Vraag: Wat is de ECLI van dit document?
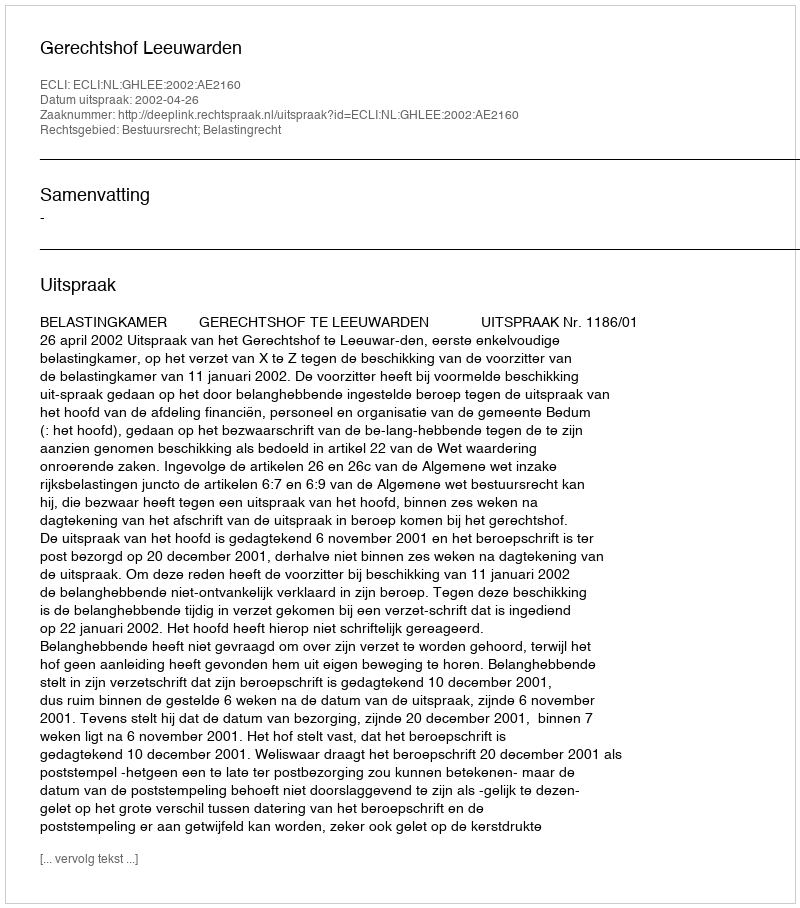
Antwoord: ECLI:NL:GHLEE:2002:AE2160